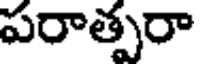
పరాత్పరా